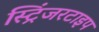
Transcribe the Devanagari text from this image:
स्ट्रिंजरटाइप